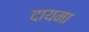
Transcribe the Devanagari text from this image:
दायमा